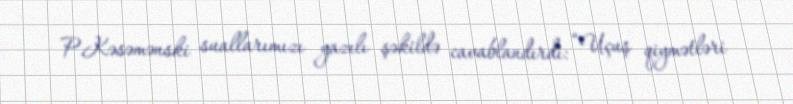
P.Kəsəmənski suallarımızı yazılı şəkildə cavablandırdı: “Uçuş qiymətləri